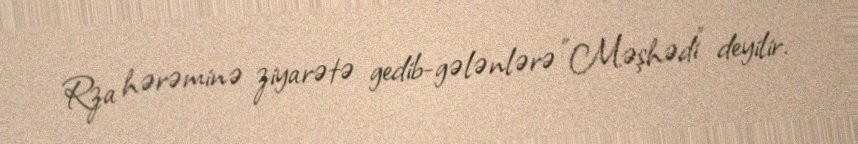
Rza hərəminə ziyarətə gedib-gələnlərə "Məşhədi" deyilir.